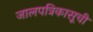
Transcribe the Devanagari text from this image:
जालपत्रिकासूची